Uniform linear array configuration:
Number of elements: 4
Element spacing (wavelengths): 1
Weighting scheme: hamming
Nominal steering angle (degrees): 60
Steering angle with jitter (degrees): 58.26
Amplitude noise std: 0.05
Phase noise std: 0.05

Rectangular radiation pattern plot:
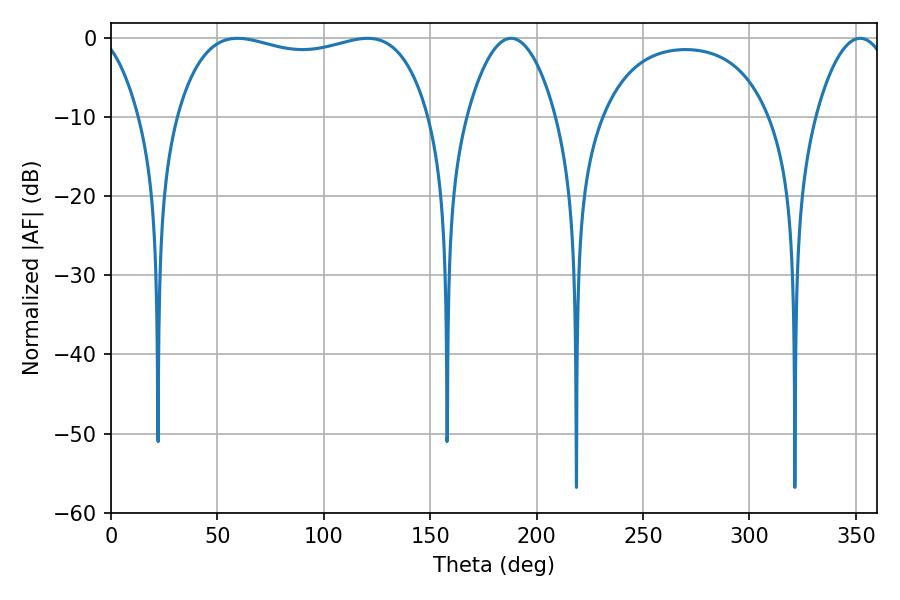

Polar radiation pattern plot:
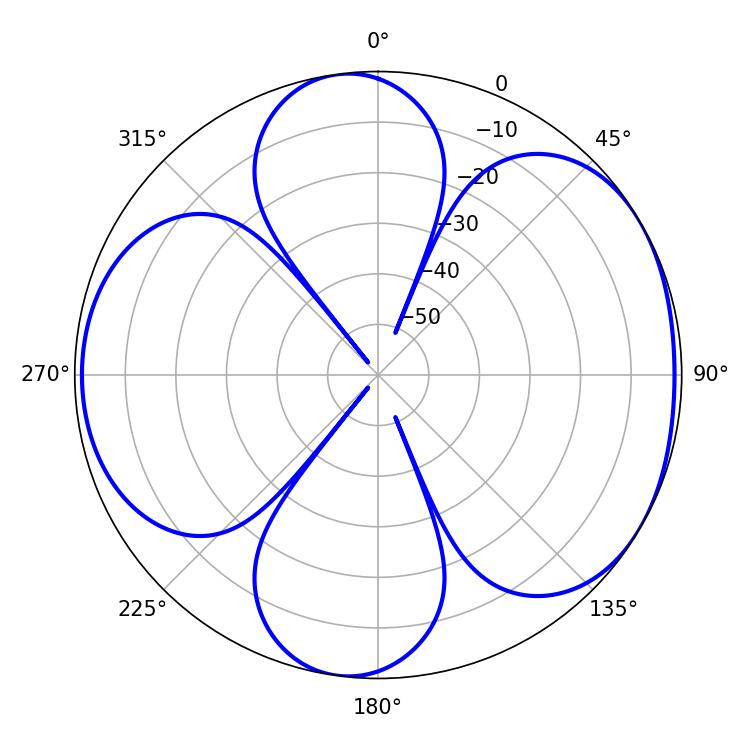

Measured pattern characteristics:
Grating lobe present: TRUE
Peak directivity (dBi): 5.393
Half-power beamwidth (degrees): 96.48
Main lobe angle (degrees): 59.4